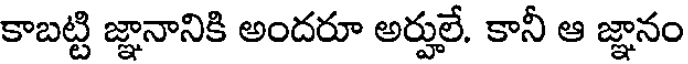
కాబట్టి జ్ఞానానికి అందరూ అర్హులే. కానీ ఆ జ్ఞానం